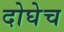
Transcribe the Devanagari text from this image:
दोघेच